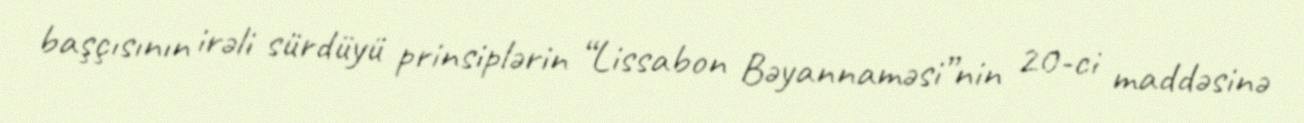
başçısının irəli sürdüyü prinsiplərin “Lissabon Bəyannaməsi”nin 20-ci maddəsinə